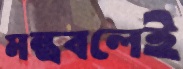
মন্ত্রবলেই